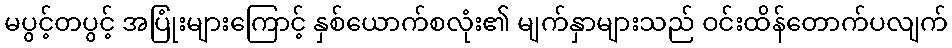
မပွင့်တပွင့် အပြုံးများကြောင့် နှစ်ယောက်စလုံး၏ မျက်နှာများသည် ဝင်းထိန်တောက်ပလျက်